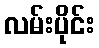
လမ်းပိုင်း